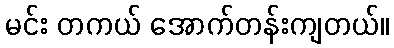
မင်း တကယ် အောက်တန်းကျတယ်။